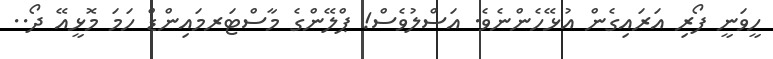
ހީވަނީ ފޯރި އަރައިގެން އުޅޭހެންނެވެ. އަސްލުވެސް! ޕްލޭންގެ މާސްޓަރމައިންޑް ހަމަ މޮޅީއޭ ދޯ..